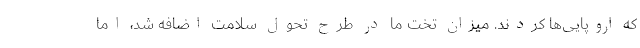
که اروپایی‌ها کردند. میزان تخت ما در طرح تحول سلامت اضافه شد، اما